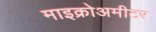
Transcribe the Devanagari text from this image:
माइक्रोअमीटर